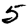
Digit: 5